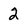
Character: 2